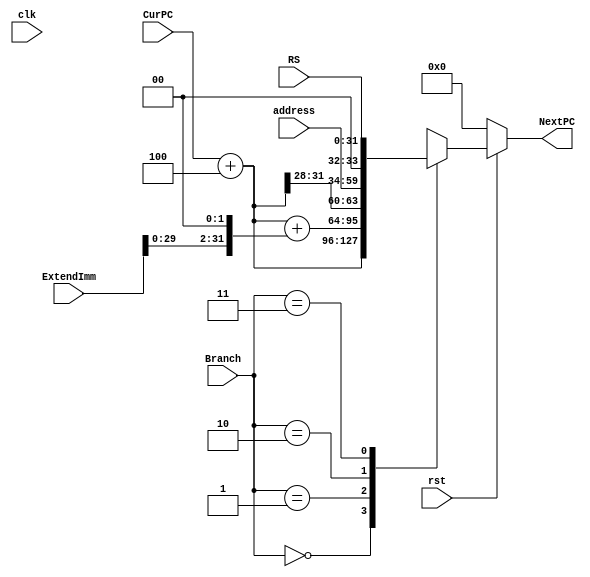
`timescale 1ns / 1ps
//////////////////////////////////////////////////////////////////////////////////
// Company: 
// 
// Design Name: 
// Module Name: PCAddr
// Project Name: 
// Target Devices: 
// Tool Versions: 
// Description: 
// 
// Dependencies: 
// 
// Revision:
// Revision 0.01 - File Created
// Additional Comments:
// 
//////////////////////////////////////////////////////////////////////////////////

// 
module PCAddr(
    clk, rst,
    Branch, CurPC, ExtendImm, address, RS, NextPC
);

input clk;
input rst;
input [1:0] Branch;
input [31:0] CurPC;
input [31:0] ExtendImm;
input [25:0] address;
input [31:0] RS;
output [31:0] NextPC;
    
wire clk;
wire rst;
wire [1:0] Branch;
wire [31:0] CurPC;
wire [31:0] ExtendImm;
wire [25:0] address;
wire [31:0] RS;
reg [31:0] NextPC;

// 
initial
begin
    NextPC <= 32'b0;
end

wire [31:0] PCPlus4, PCPlusExtend, PCPlusAddr;
// PC + 4
assign PCPlus4 = CurPC + 3'b100;
// PC + 4 + (sign-extend)immediate<<2
assign PCPlusExtend = PCPlus4 + (ExtendImm << 2);
// PC = (PC+4)[31..28],address,0,0
assign PCPlusAddr = {PCPlus4[31:28], address, 2'b00};

always@(*)
begin
    if(!rst) NextPC <= 32'b0;
    else begin
        case(Branch)
            2'b00: NextPC <= PCPlus4;
            2'b01: NextPC <= PCPlusExtend;
            2'b10: NextPC <= PCPlusAddr;
            2'b11: NextPC <= RS;
        endcase
    end
end

endmodule